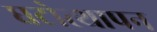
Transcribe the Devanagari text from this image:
घटोत्थापन